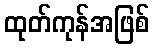
ထုတ်ကုန်အဖြစ်